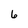
Character: 6